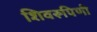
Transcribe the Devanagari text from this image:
शिवरूपिणी